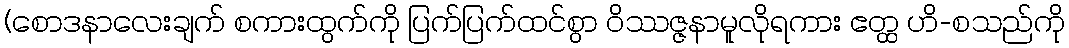
(စောဒနာလေးချက် စကားထွက်ကို ပြက်ပြက်ထင်စွာ ဝိဿဇ္ဇနာမူလိုရကား ဧတ္ထ ဟိ-စသည်ကို